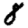
Digit: 8